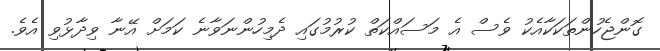
ގޮންޖެހުންތަކަކާއެކު ވެސް އެ މަސައްކަތް ކުރުމުގައި ދެމިހުންނަވާނެ ކަމަށް އޭނާ ވިދާޅުވި އެވެ.